Leprosy in India: report of the Leprosy Commission in India, 1890-91
Year: 1890
Disease focus: Leprosy
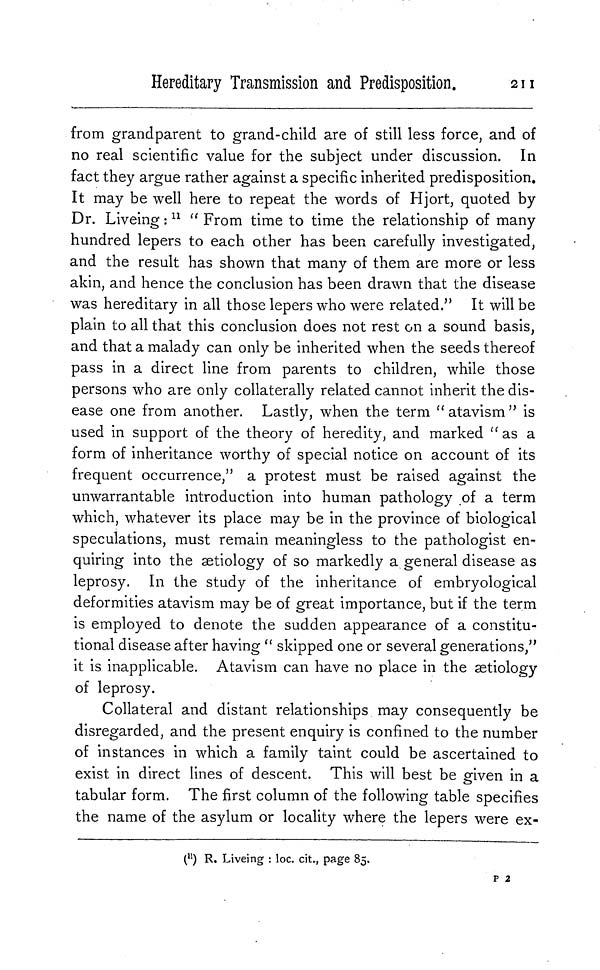
Hereditary Transmission and Predisposition.
211
from grandparent to grand-child are of still less force, and of
no real scientific value for the subject under discussion. In
fact they argue rather against a specific inherited predisposition.
It may be well here to repeat the words of Hjort, quoted by
Dr. Liveing : 11 " From time to time the relationship of many
hundred lepers to each other has been carefully investigated,
and the result has shown that many of them are more or less
akin, and hence the conclusion has been drawn that the disease
was hereditary in all those lepers who were related." It will be
plain to all that this conclusion does not rest on a sound basis,
and that a malady can only be inherited when the seeds thereof
pass in a direct line from parents to children, while those
persons who are only collaterally related cannot inherit the dis-
ease one from another. Lastly, when the term " atavism " is
used in support of the theory of heredity, and marked "as a
form of inheritance worthy of special notice on account of its
frequent occurrence," a protest must be raised against the
unwarrantable introduction into human pathology of a term
which, whatever its place may be in the province of biological
speculations, must remain meaningless to the pathologist en-
quiring into the ætiology of so markedly a general disease as
leprosy. In the study of the inheritance of embryological
deformities atavism may be of great importance, but if the term
is employed to denote the sudden appearance of a constitu-
tional disease after having " skipped one or several generations,"
it is inapplicable. Atavism can have no place in the ætiology
of leprosy.
Collateral and distant relationships may consequently be
disregarded, and the present enquiry is confined to the number
of instances in which a family taint could be ascertained to
exist in direct lines of descent. This will best be given in a
tabular form. The first column of the following table specifies
the name of the asylum or locality where the lepers were ex-
( 11 ) R. Liveing : loc. cit., page 85.
p 2